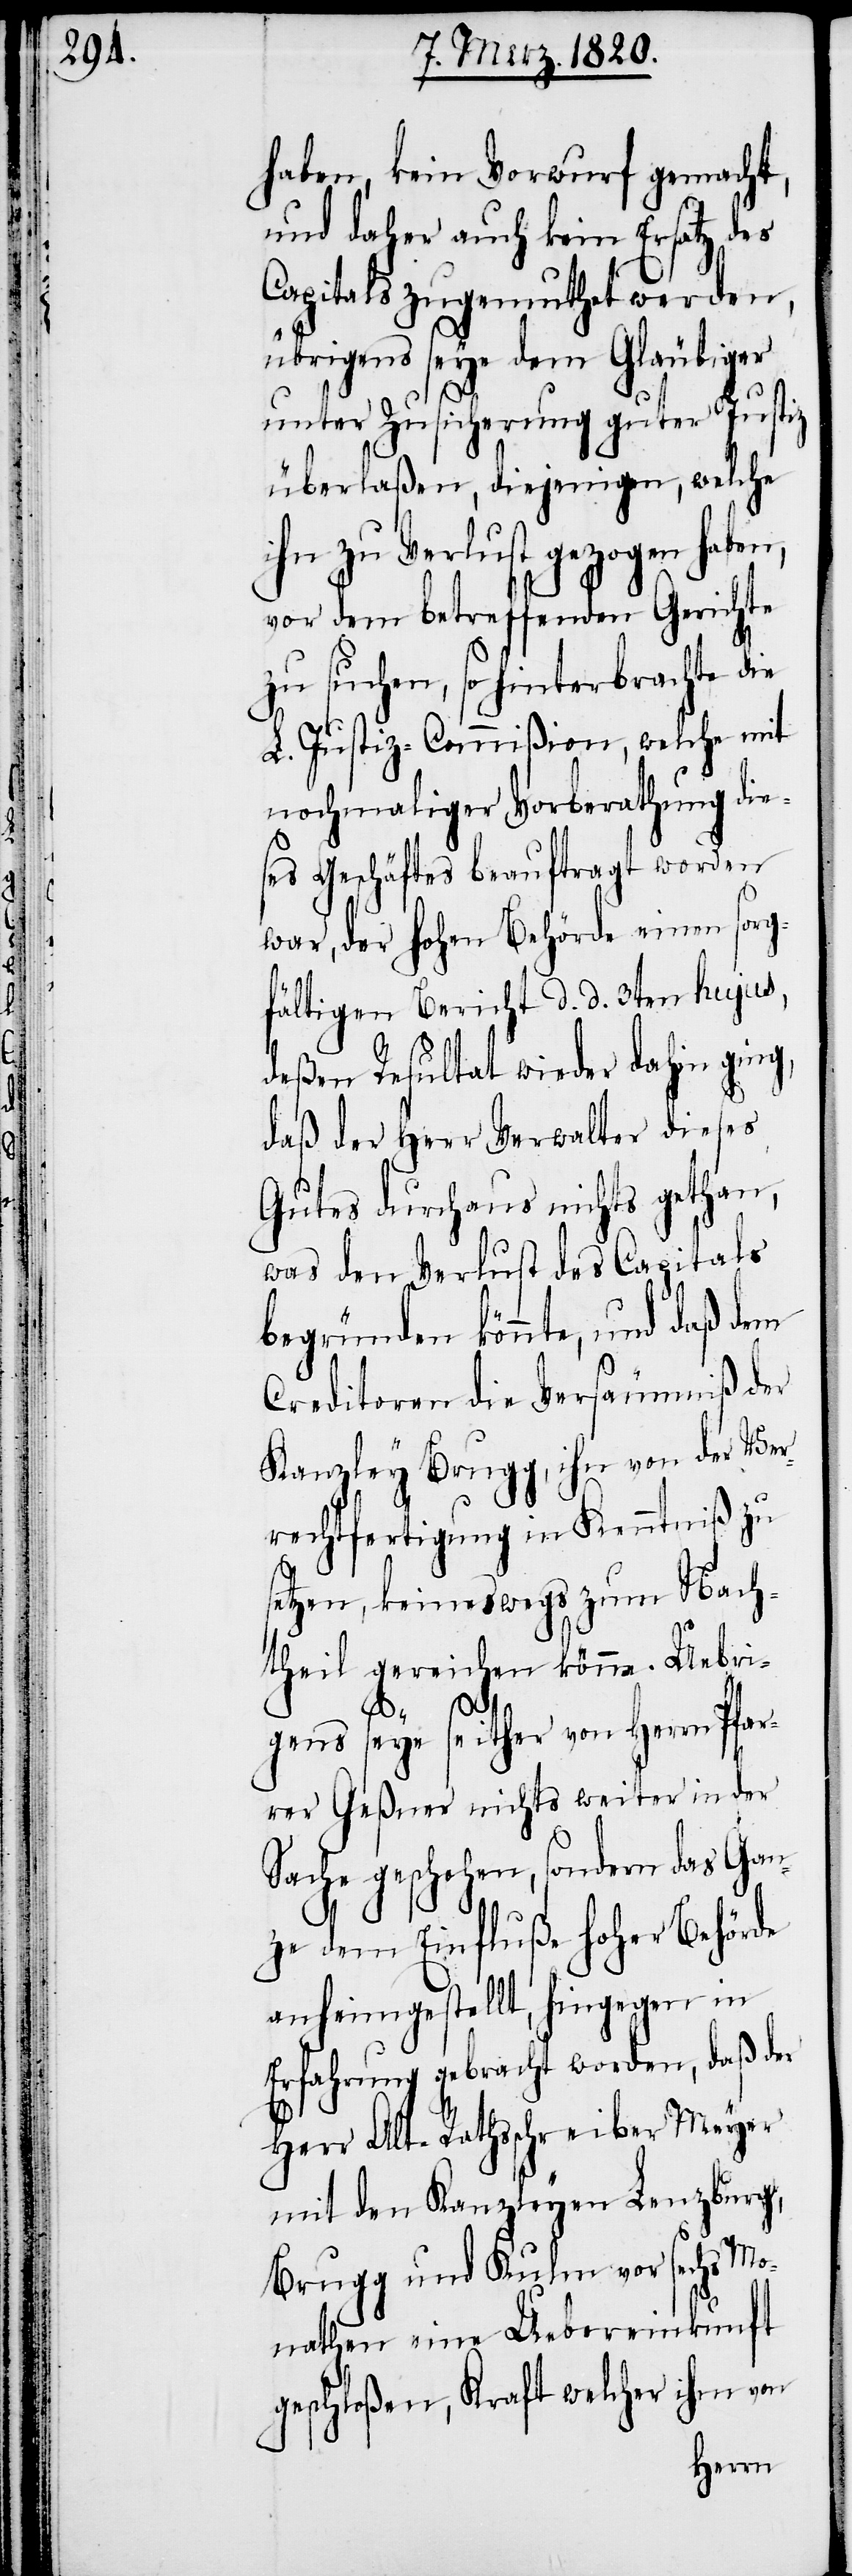
haben, kein Vorwurf gemacht,
und daher auch kein Ersatz des
Capitals zugemuthet werden,
übrigens seye dem Gläubiger
unter Zusicherung guter Justiz
überlaßen, diejenigen, welche
ihn zu Verlust gezogen haben,
vor dem betreffenden Gerichte
zu suchen, so hinterbrachte die
L. Justiz-Commißion, welche mit
nochmaliger Vorberathung die¬
ses Geschäftes beauftragt worden
war, der hohen Behörde einen sorg¬
fältigen Bericht d. d. 3ten hujus,
deßen Resultat wieder dahin ging,
daß der Herr Verwalter dieses
Gutes durchaus nichts gethan,
was den Verlust des Capitals
begründen könnte, und daß dem
Creditoren die Versäumniß der
Kanzley Brugg, ihn von der Ver¬
rechtfertigung in Kenntniß zu
setzen, keineswegs zum Nach¬
theil gereichen könne. Uebri¬
gens seye seither von Herrn Pfar¬
rer Geßner nichts weiter in der
Sache geschehen, sondern das Gan¬
ze dem Einfluße hoher Behörde
anheimgestellt, hingegen in
Erfahrung gebracht worden, daß der
Herr Alt-Rathsschreiber Meyer
mit den Kanzleyen Lenzburg,
Brugg und Kulm vor sechs Mo¬
nathen eine Uebereinkunft
geschloßen, Kraft welcher ihm von